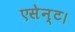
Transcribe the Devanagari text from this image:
एसेन्ट।